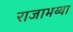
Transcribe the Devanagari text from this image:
राजाभय्या